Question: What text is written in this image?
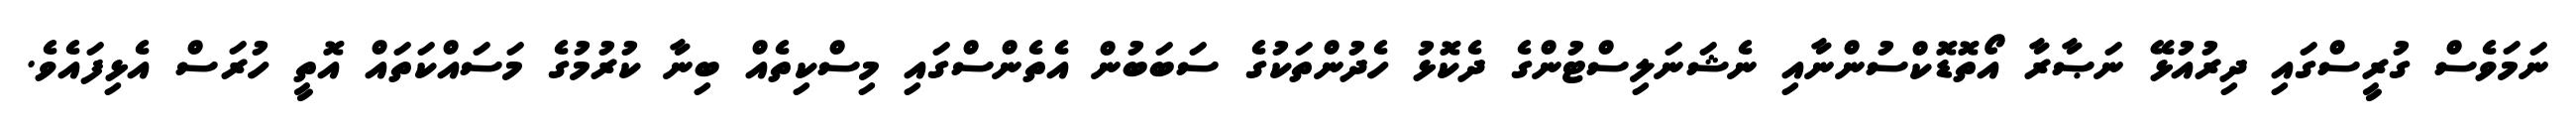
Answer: ނަމަވެސް ގުރީސްގައި ދިރުއުޅޭ ނަޞާރާ އޯތޮޑޮކްސުންނާއި ނެޝަނަލިސްޓުންގެ ދެކޮޅު ހެދުންތަކުގެ ސަބަބުން އެތެންސްގައި މިސްކިތެއް ބިނާ ކުރުމުގެ މަސައްކަތައް އޮތީ ހުރަސް އެޅިފައެވެ.